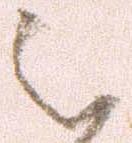
被